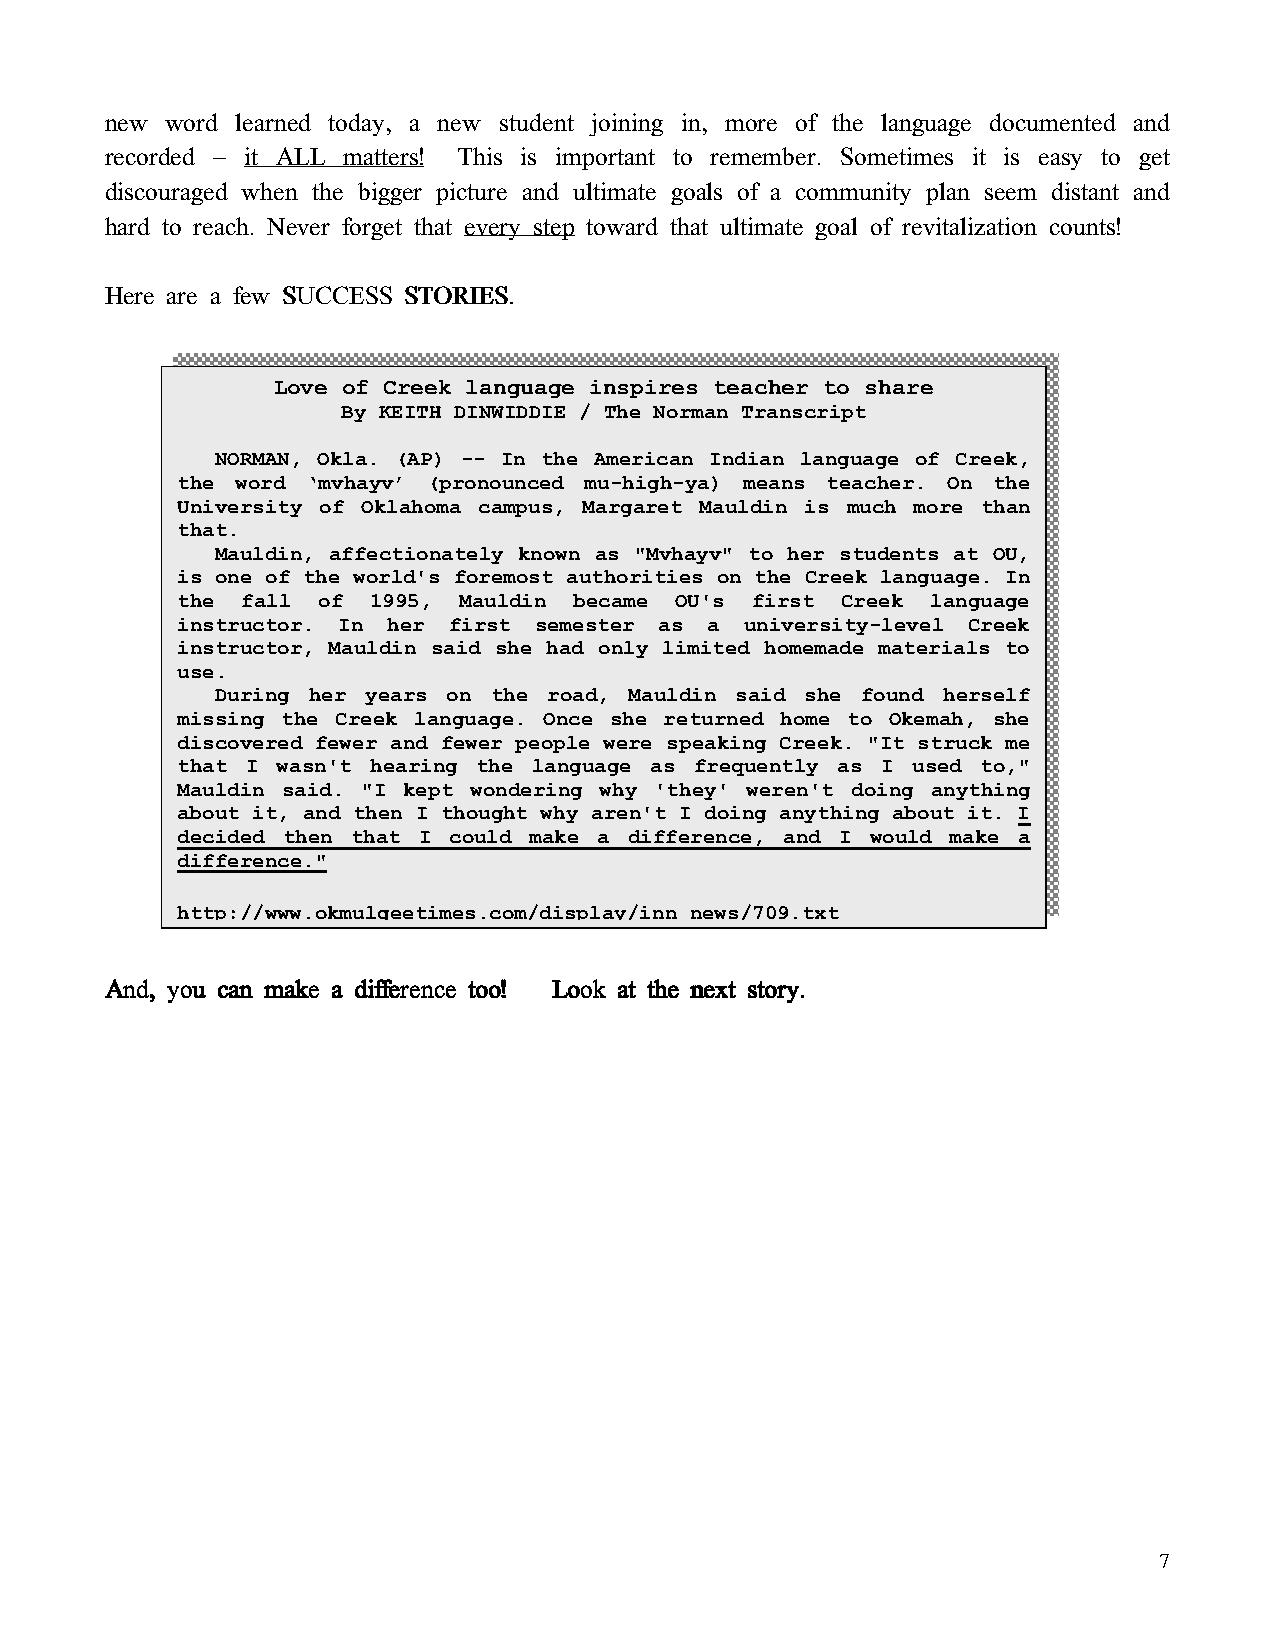
new word learned today, a new student joining in, more of the language documented and
 recorded – it ALL matters! This is important to remember. Sometimes it is easy to get
 discouraged when the bigger picture and ultimate goals of a community plan seem distant and
 hard to reach. Never forget that every step toward that ultimate goal of revitalization counts!
 Here are a few SSSSUUUUCCCCCCCCEEEESSSSSSSS SSSSTTTTOOOORRRRIIIIEEEESSSS....
 Love of Creek language inspires teacher to share
 By KEITH DINWIDDIE / The Norman Transcript
 NORMAN, Okla. (AP) -- In the American Indian language of Creek,
 the word ‘mvhayv’ (pronounced mu-high-ya) means teacher. On the
 University of Oklahoma campus, Margaret Mauldin is much more than
 that.
 Mauldin, affectionately known as "Mvhayv" to her students at OU,
 is one of the world's foremost authorities on the Creek language. In
 the fall of 1995, Mauldin became OU's first Creek language
 instructor. In her first semester as a university-level Creek
 instructor, Mauldin said she had only limited homemade materials to
 use.
 During her years on the road, Mauldin said she found herself
 missing the Creek language. Once she returned home to Okemah, she
 discovered fewer and fewer people were speaking Creek. "It struck me
 that I wasn't hearing the language as frequently as I used to,"
 Mauldin said. "I kept wondering why 'they' weren't doing anything
 about it, and then I thought why aren't I doing anything about it. I
 decided then that I could make a difference, and I would make a
 difference."
 http://www.okmulgeetimes.com/display/inn_news/709.txt
 AAAAnnnndddd,,,, yyyyoooouuuu ccccaaaannnn mmmmaaaakkkkeeee aaaa ddddiiiiffffffffeeeerrrreeeennnncccceeee ttttoooooooo!!!! LLLLooooooookkkk aaaatttt tttthhhheeee nnnneeeexxxxtttt ssssttttoooorrrryyyy....
 7